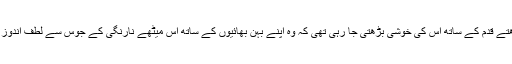
ہر بڑھتے قدم کے ساتھ اس کی خوشی بڑھتی جا رہی تھی کہ وہ اپنے بہن بھائیوں کے ساتھ اس میٹھے نارنگی کے جوس سے لُطف اندوز ہوگی۔